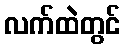
လက်ထဲတွင်